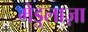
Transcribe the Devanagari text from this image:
मेडुलाज़ा